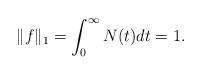
LaTeX: \begin{align*}\|f\|_1 = \int_0^\infty N(t) dt =1. \end{align*}